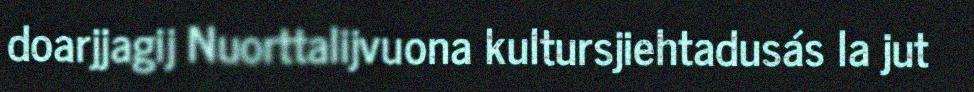
doarjjagij Nuorttalijvuona kultursjiehtadusás la jut